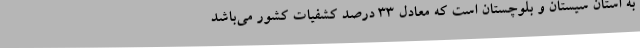
به استان سیستان و بلوچستان است که معادل 33 درصد کشفیات کشور می‌باشد